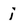
Character: j